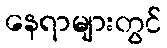
နေရာများတွင်